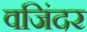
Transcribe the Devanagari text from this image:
वजिंदर